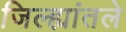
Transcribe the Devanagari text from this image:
जिल्ह्यांतले